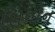
સિનોન